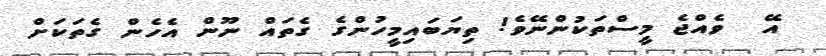
އޭ  ވެއްޖެ މީސްތަކުންނޭވެ! ތިޔަބައިމީހުންގެ ގެތައް ނޫން އެހެން ގެތަކަށް